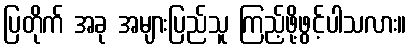
ပြတိုက် အခု အများပြည်သူ ကြည့်ဖို့ဖွင့်ပါသလား။